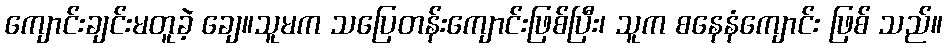
ကျောင်းချင်းမတူခဲ့ ချေ။သူမက သပြေတန်းကျောင်းဖြစ်ပြီး၊ သူက စနေနံကျောင်း ဖြစ် သည်။